Indian journal of veterinary science and animal husbandry - Volume 7,
Year: 1937
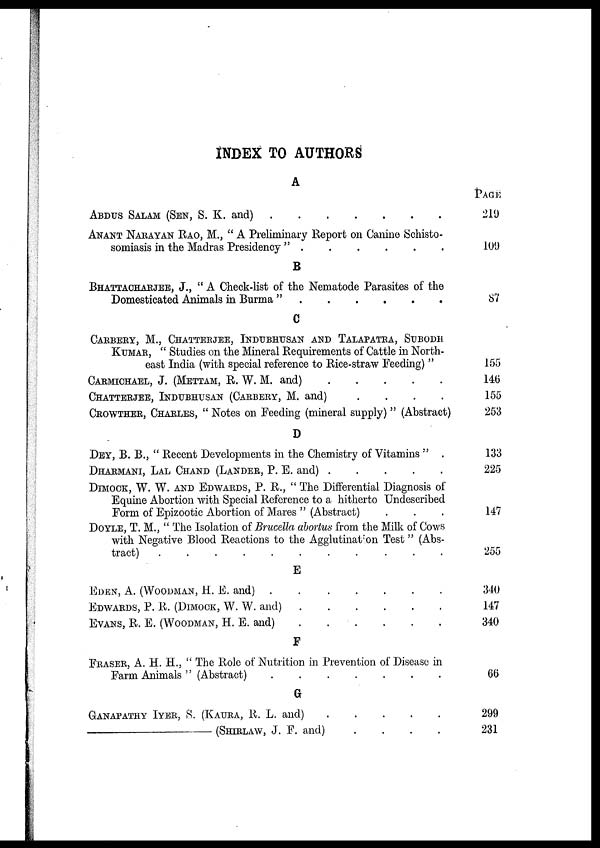
INDEX TO AUTHORS
A
ABDUS SALAM (SEN, S. K. and)
.
.
.
.
.
.
.
ANANT NARAYAN RAO, M., " A Preliminary Report on Canine Schisto-
somiasis in the Madras Presidency " . . . . .
B
BHATTACHARJEE, J., " A Check-list of the Nematode Parasites of the
Domesticated Animals in Burma " . . . . . .
C
CARBERY, M., CHATTERJEE, INDUBHUSAN AND TALAPATRA, SUBODH
KUMAR, " Studies on the Mineral Requirements of Cattle in North-
east India (with special reference to Rice-straw Feeding) "
CARMICHAEL,J. (METTAM, R. W. M. and)
.
.
.
.
.
CHATTERJEE, INDUBHUSAN (CARBERY, M. and)
.
.
.
.
CROWTHER, CHARLES,"Notes on Feeding (mineral supply) " (Abstract)
D
DEY, B. B., " Recent Developments in the Chemistry of Vitamins " .
DHARMANI, LAL CHAND (LANDER, P. E. and)
.
.
.
.
.
DIMOCK, W. W. AND EDWARDS, P. R., " The Differential Diagnosis of
Equine Abortion with Special Reference to a hitherto Undescribed
Form of Epizootic Abortion of Mares " (Abstract) . . .
DOYLE, T. M., " The Isolation of Brucella abortus from the Milk of Cows
with Negative Blood Reactions to the Agglutination Test " (Abs-
tract) . . . . . . . . . . .
E
EDEN, A. (WOODMAN, H. E. and) . . . . . . .
EDWARDS, P. R. (DIMOCK, W. W. and)
.
.
.
.
.
.
EVANS, R. E. (WOODMAN, H. E. and)
.
.
.
.
.
.
F
FRASER, A. H. H., " The Role of Nutrition in Prevention of Disease in
Farm Animals '' (Abstract)
.
.
.
.
.
.
.
G
GANAPATHY IYER, S. (KAURA, R. L. and)
.
.
.
.
.
————————(SHIRLAW, J. F. and)
.
.
.
.
PAGE
219
109
87
155
146
155
253
133
225
147
255
340
147
340
66
299
231